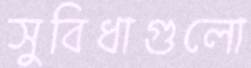
সুবিধাগুলো